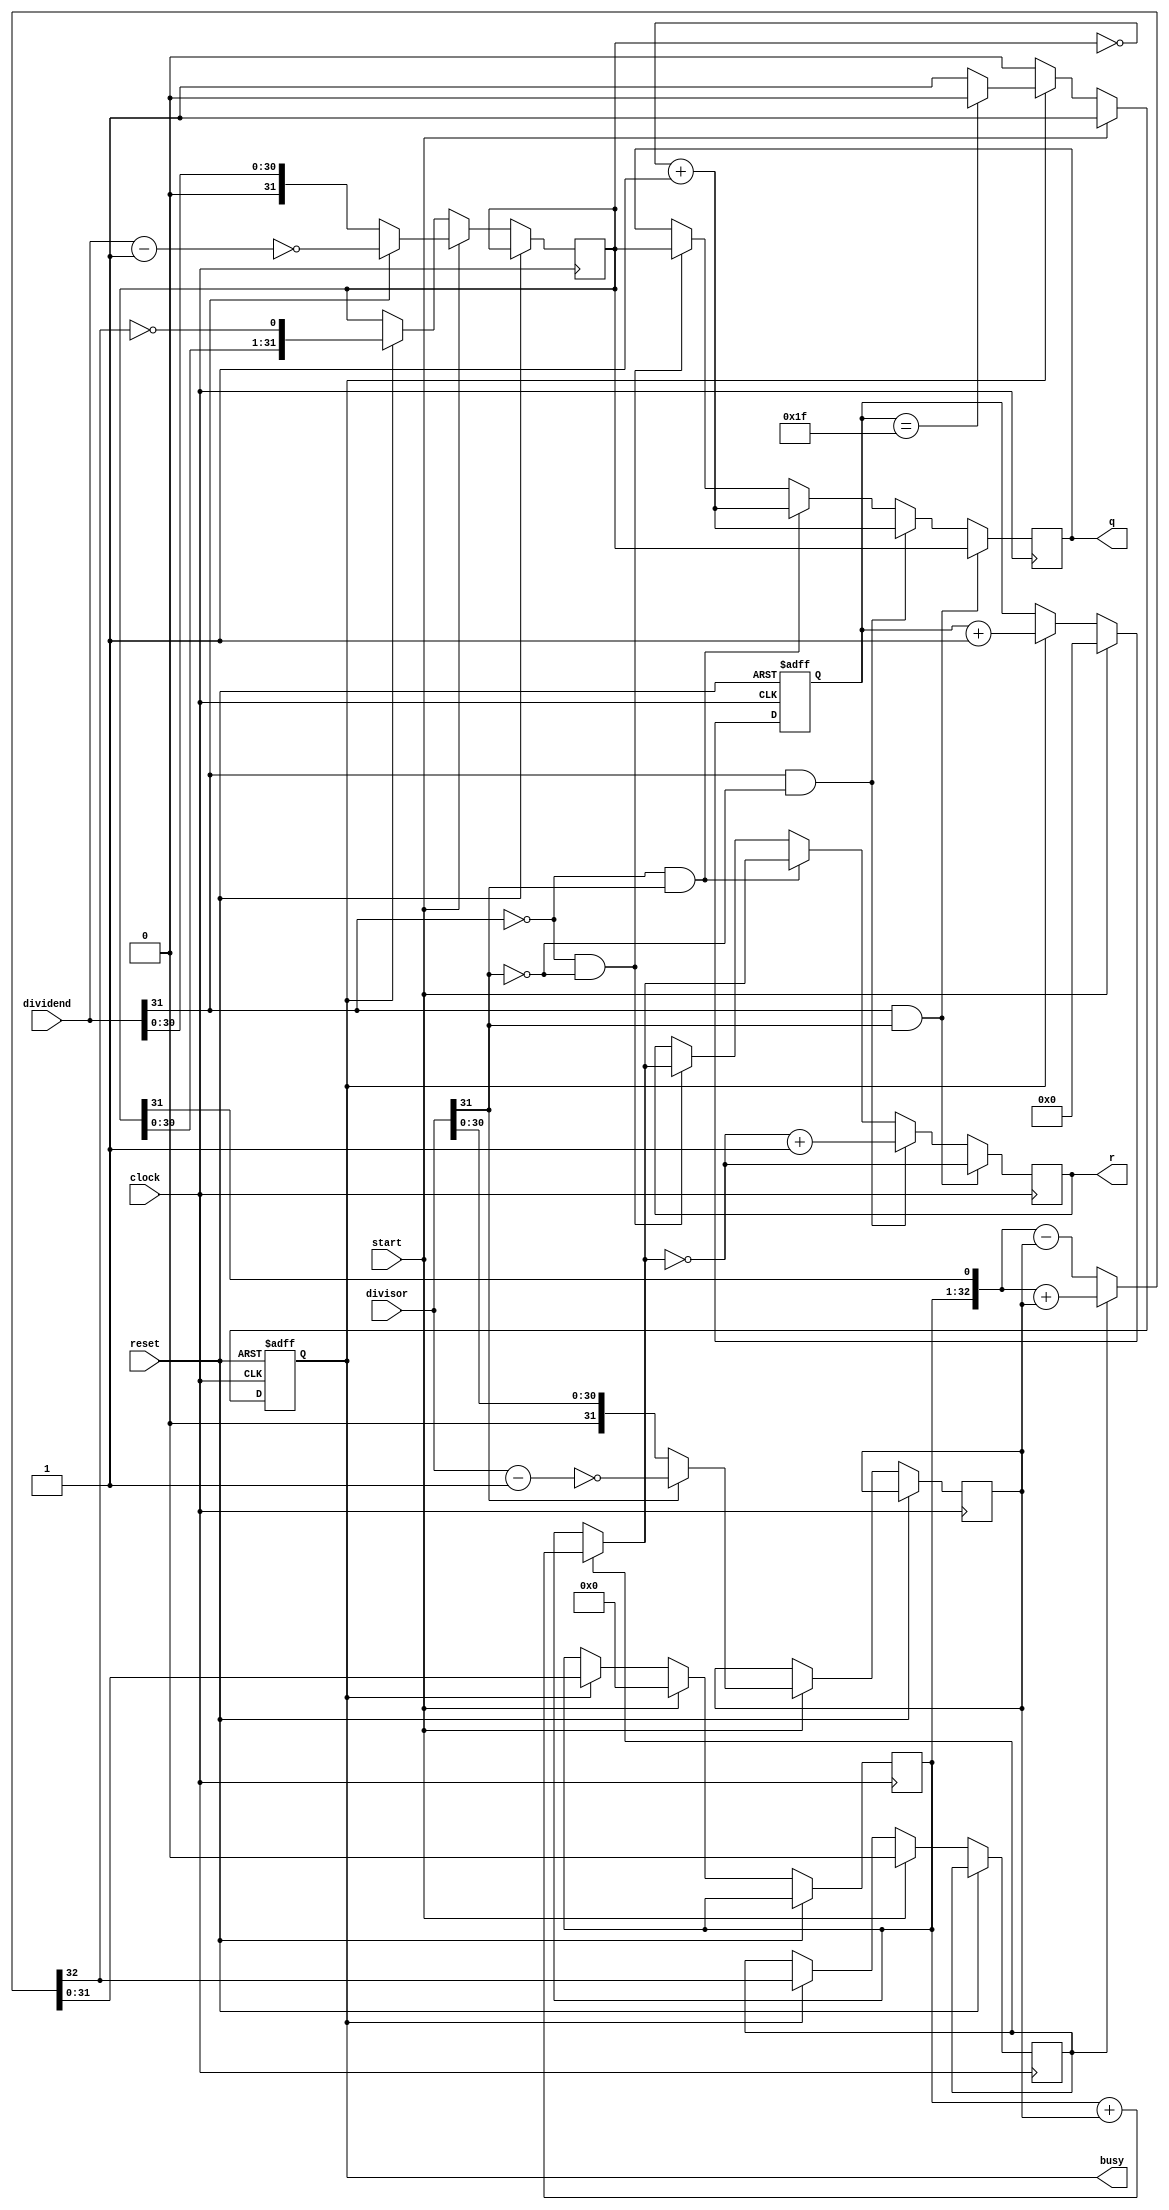
`timescale 1ns / 1ps
//////////////////////////////////////////////////////////////////////////////////
// Company: 
// Engineer: 
// 
// Design Name: 
// Module Name: DIVU
// Project Name: 
// Target Devices: 
// Tool Versions: 
// Description: 
// 
// Dependencies: 
// 
// Revision:
// Revision 0.01 - File Created
// Additional Comments:
// 
//////////////////////////////////////////////////////////////////////////////////


module DIV(input [31:0]dividend,
input [31:0]divisor,
input start,
input clock,
input reset,
output reg [31:0]q,
output reg [31:0]r,
output reg busy
);
wire ready;
wire [31:0]q_select;
wire [31:0]r_select;
wire [31:0]divide;
wire [31:0]diviso;
reg [31:0]replace_den;
assign divide=(dividend[31]==1'b1)?~{dividend-32'b1}:dividend;
assign diviso=(divisor[31]==1'b1)?~{divisor-32'b1}:divisor;
reg [4:0]count;
reg [31:0]reg_q;
reg [31:0]reg_r;
reg [31:0]reg_b;
reg busy2,r_sign;
assign ready=~busy&busy2;
wire [32:0]sub_add=r_sign?({reg_r,q_select[31]}+{1'b0,reg_b}):({reg_r,q_select[31]}-{1'b0,reg_b});
assign r_select=r_sign?reg_r+reg_b:reg_r;
assign q_select=reg_q;
always @(posedge clock or posedge reset)begin
if(reset==1)begin
count<=5'b0;
busy<=0;
busy2<=0;
end else begin
 busy2<=busy;
 if(start)begin
 reg_r<=32'b0;
 r_sign<=0;
 reg_q<=divide;
 reg_b<=diviso;
 count<=5'b0;
 busy<=1'b1;
 end 
 else if(busy)
 begin
 reg_r<=sub_add[31:0];
 r_sign<=sub_add[32];
 reg_q<={reg_q[30:0],~sub_add[32]};
 count<=count+5'b1;
 if(count==5'b11111) busy<=0;
 end
end
end
reg [31:0]replace_final;
always @(posedge clock)begin
if(dividend[31]==1&&divisor[31]==1)
begin
q=q_select;
replace_final[31:0]=~r_select[31:0];
r[31:0]=replace_final[31:0];
end
else if(dividend[31]==1&&divisor[31]==0)
begin
replace_final[31:0]=~q_select[31:0];
replace_final[31:0]=replace_final[31:0]+32'b1;
q[31:0]=replace_final[31:0];
replace_final[31:0]=~r_select[31:0];
replace_final[31:0]=replace_final[31:0]+32'b1;
r[31:0]=replace_final[31:0];
end
else if(dividend[31]==0&&divisor[31]==1)
begin
q=q_select;
replace_final[31:0]=~q[31:0];
replace_final=replace_final+32'b1;
q[31:0]=replace_final[31:0];
r=r_select;
//r={1'b0,divisor[30:0]}-r_select;
end
else if(dividend[31]==0&&divisor[31]==0)
begin
r<=r_select;
q<=q_select;
end
end
endmodule